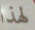
لهذا